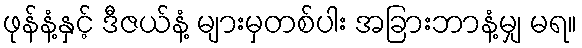
ဖုန်နံ့နှင့် ဒီဇယ်နံ့ များမှတစ်ပါး အခြားဘာနံ့မျှ မရ။